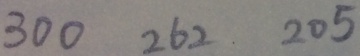
3 0 0 2 6 2 2 0 5